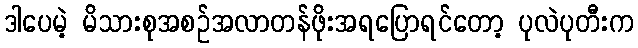
ဒါပေမဲ့ မိသားစုအစဉ်အလာတန်ဖိုးအရပြောရင်တော့ ပုလဲပုတီးက